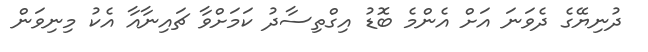
ދުނިޔޭގެ ދެވަނަ އަށް އެންމެ ބޮޑު އިގްތިސާދު ކަމަށްވާ ޗައިނާއާ އެކު މިނިވަން